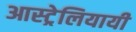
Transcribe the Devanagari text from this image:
आस्ट्रेलियायी